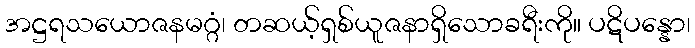
အဋ္ဌရသယောဇနမဂ္ဂံ၊ တဆယ့်ရှစ်ယူဇနာရှိသောခရီးကို။ ပဋိပန္နော၊